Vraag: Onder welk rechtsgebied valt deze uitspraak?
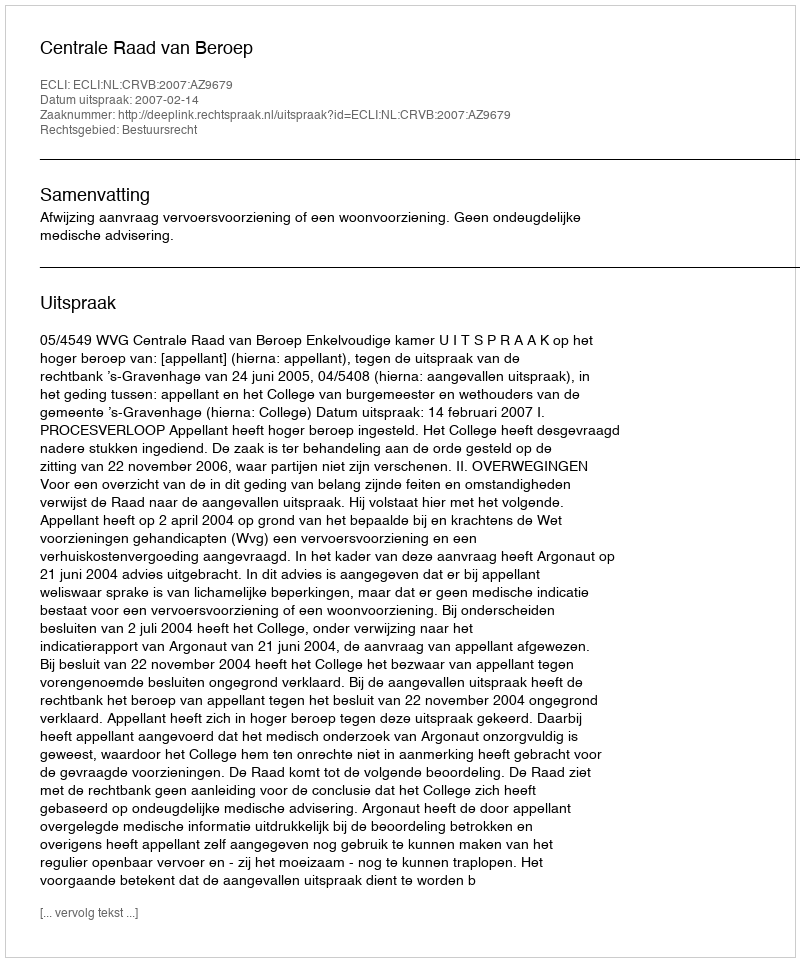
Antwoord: Bestuursrecht